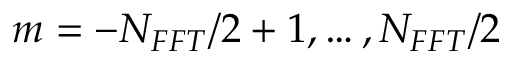
m = - N _ { F F T } / 2 + 1 , \dots , N _ { F F T } / 2